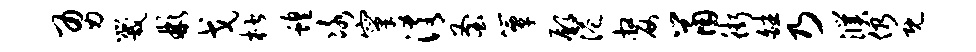
勇咒彬戈楷蝗冰窠淆釜簟鄢港嫠鼠街皤乃濮仍既